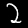
Label: 2